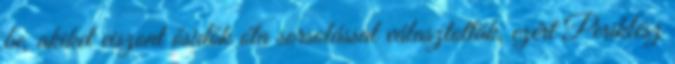
be, akiket viszont ősidők óta sorsolással választották, ezért Periklész